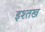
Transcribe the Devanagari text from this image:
इश्तख